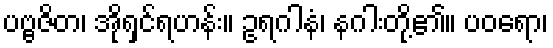
ပဗ္ဗဇိတ၊ အိုရှင်ရဟန်း။ ဥရဂါနံ၊ နဂါးတို့၏။ ပဝရော၊